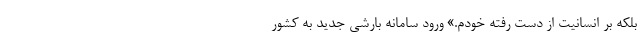
بلکه بر انسانیت از دست رفته خودم.» ورود سامانه بارشی جدید به کشور